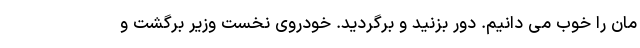
مان را خوب می دانیم. دور بزنید و برگردید. خودروی نخست وزیر برگشت و